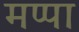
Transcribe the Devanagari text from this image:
मप्पा